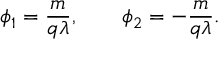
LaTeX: \phi _ { 1 } = \frac { m } { q \lambda } , \qquad \phi _ { 2 } = - \frac { m } { q \lambda } .